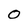
Character: O